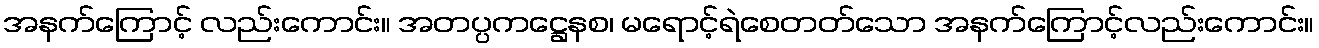
အနက်ကြောင့် လည်းကောင်း။ အတပ္ပကဋ္ဌေနစ၊ မရောင့်ရဲစေတတ်သော အနက်ကြောင့်လည်းကောင်း။